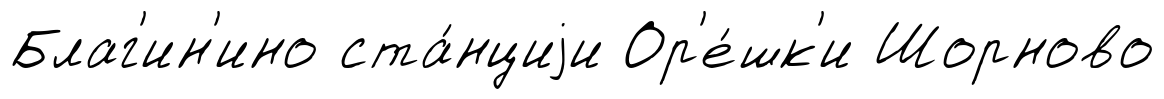
Благ'ин'ино ста́нциjи Ор'е́шк'и Шорново